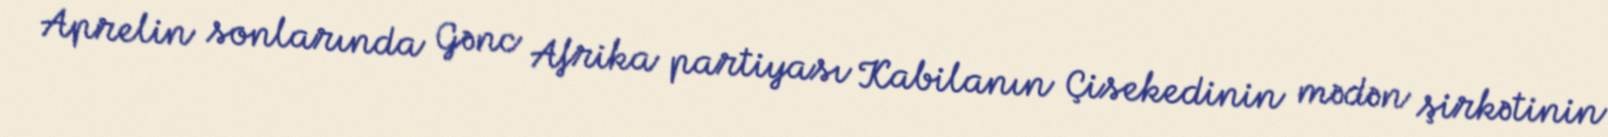
Aprelin sonlarında Gənc Afrika partiyası Kabilanın Çisekedinin mədən şirkətinin